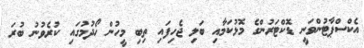
އެކްސްޕާޓުންވަނީ ޑޮކްޓަރުންގެ މޮޅުކަމާއި ބަލި ޖެހިފައި ތިބި މީހުން ހޯދުމުގައި ކުރެވުނު ބުރަ